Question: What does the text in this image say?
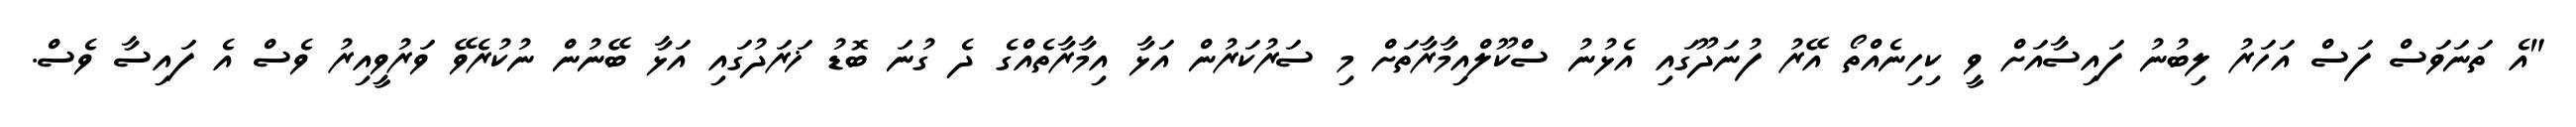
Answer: "އެ ތަނަވަސް ފަސް އަހަރު ލިބުނު ފައިސާއަށް ވީ ކިހިނެއްތޯ އޭރު ފުނަދޫގައި އެޅުނު ސްކޫލްއިމާރާތަށް މި ސަރުކަރުން އަޅާ އިމާރާތެއްގެ ދެ ގުނަ ބޮޑު ޚަރަދުގައި އަޅާ ބޭނުން ނުކުރެވޭ ވަރުވީއިރު ވެސް އެ ފައިސާ ވެސް.